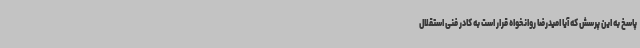
پاسخ به این پرسش که آیا امیدرضا روانخواه قرار است به کادر فنی استقلال